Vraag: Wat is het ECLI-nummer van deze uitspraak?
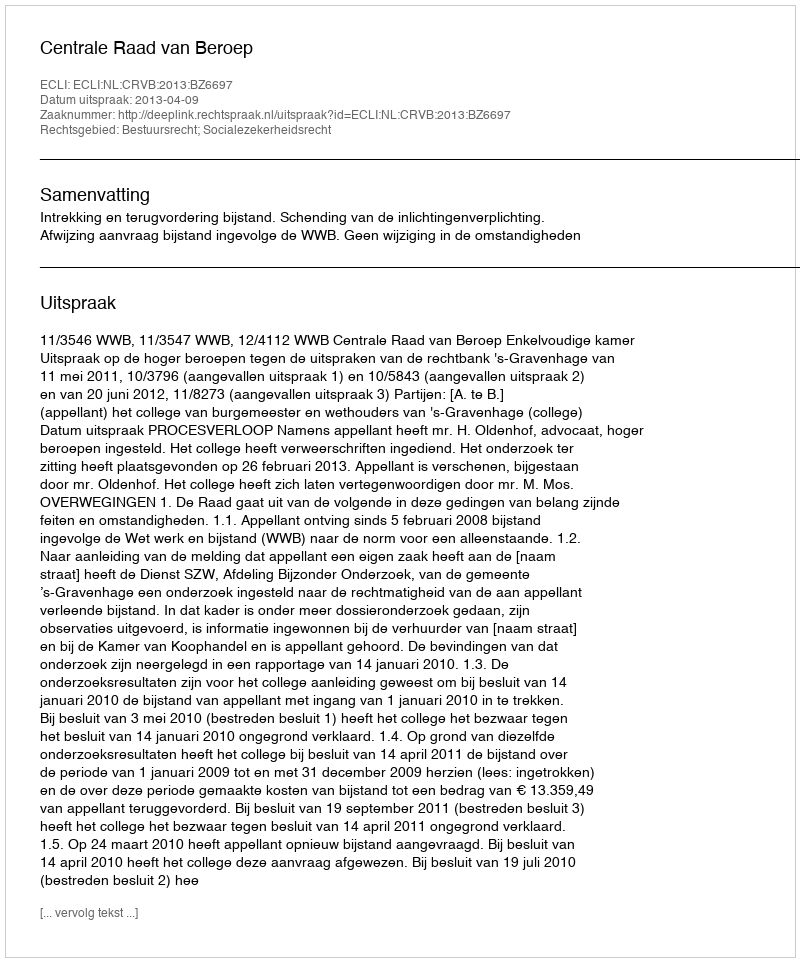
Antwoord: ECLI:NL:CRVB:2013:BZ6697